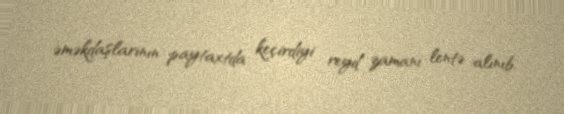
əməkdaşlarının paytaxtda keçirdiyi reyd zamanı lentə alınıb.